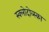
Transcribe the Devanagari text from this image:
स्क्लोदोव्स्का